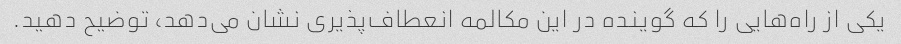
یکی از راه‌هایی را که گوینده در این مکالمه انعطاف‌پذیری نشان می‌دهد، توضیح دهید.